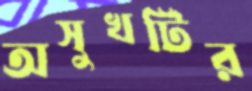
অসুখটির